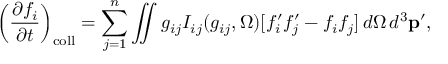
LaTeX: \left( { \frac { \partial f _ { i } } { \partial t } } \right) _ { \mathrm { c o l l } } = \sum _ { j = 1 } ^ { n } \iint g _ { i j } I _ { i j } ( g _ { i j } , \Omega ) [ f _ { i } ^ { \prime } f _ { j } ^ { \prime } - f _ { i } f _ { j } ] \, d \Omega \, d ^ { 3 } \mathbf { p ^ { \prime } } ,